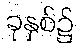
ခုနှစ်၌